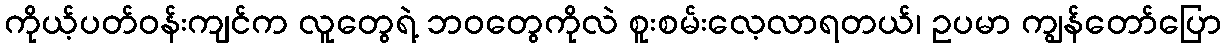
ကိုယ့်ပတ်ဝန်းကျင်က လူတွေရဲ့ ဘဝတွေကိုလဲ စူးစမ်းလေ့လာရတယ်၊ ဥပမာ ကျွန်တော်ပြော